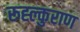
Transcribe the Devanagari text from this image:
रूह्ल्कुराण